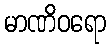
မာဏိဝရော